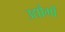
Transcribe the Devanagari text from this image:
उद्यौगों